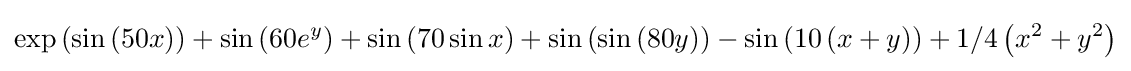
\exp \left(\sin \left(50x\right)\right)+\sin \left(60e^{y}\right)+\sin \left(70\sin x\right)+\sin \left(\sin \left(80y\right)\right)-\sin \left(10\left(x+y\right)\right)+1/4\left(x^{2}+y^{2}\right)